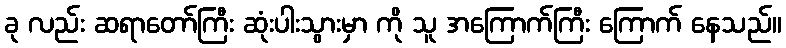
ခု လည်း ဆရာတော်ကြီး ဆုံးပါးသွားမှာ ကို သူ အကြောက်ကြီး ကြောက် နေသည်။